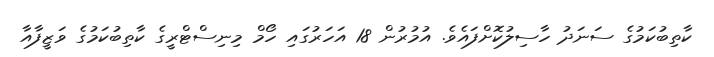
ކާތިބުކަމުގެ ސަނަދު ހާސިލުކޮށްފައެވެ. އުމުރުން 18 އަހަރުގައި ހޯމް މިނިސްޓްރީގެ ކާތިބުކަމުގެ ވަޒީފާއާ